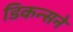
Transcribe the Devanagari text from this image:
डिकन्सने